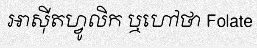
អាស៊ីតហ្វូលិក ឬហៅថា Folate